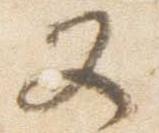
又